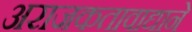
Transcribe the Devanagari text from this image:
अराजकतावाद्याने